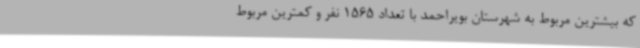
که بیشترین مربوط به شهرستان بویراحمد با تعداد 1565 نفر و ‌کمترین مربوط